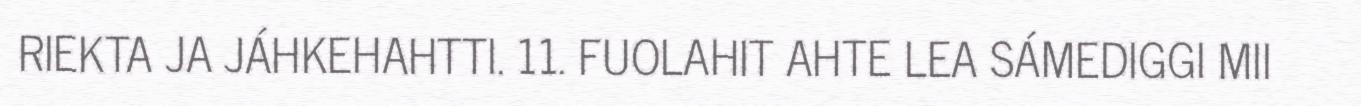
RIEKTA JA JÁHKEHAHTTI. 11. FUOLAHIT AHTE LEA SÁMEDIGGI MII